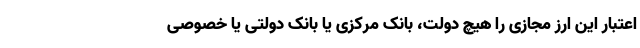
اعتبار این ارز مجازی را هیچ دولت، بانک مرکزی یا بانک دولتی یا خصوصی